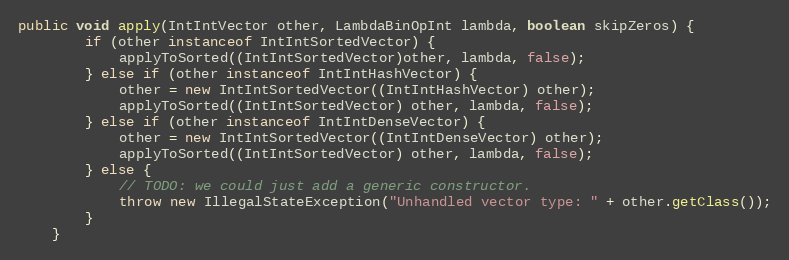
Language: Java
public void apply(IntIntVector other, LambdaBinOpInt lambda, boolean skipZeros) {
        if (other instanceof IntIntSortedVector) {
            applyToSorted((IntIntSortedVector)other, lambda, false);
        } else if (other instanceof IntIntHashVector) {
            other = new IntIntSortedVector((IntIntHashVector) other);
            applyToSorted((IntIntSortedVector) other, lambda, false);
        } else if (other instanceof IntIntDenseVector) {
            other = new IntIntSortedVector((IntIntDenseVector) other);
            applyToSorted((IntIntSortedVector) other, lambda, false);
        } else {
            // TODO: we could just add a generic constructor.
            throw new IllegalStateException("Unhandled vector type: " + other.getClass());
        }
    }